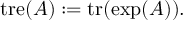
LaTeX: \operatorname { t r e } ( A ) : = \operatorname { t r } ( \exp ( A ) ) .